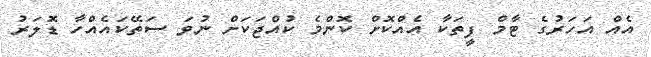
އެއް އަހަރުގެ ޓާމް ފީތަކާ އެއްކޮށް ކޮންމެ ކުއްޖަކަށް ނުވަ ސަތޭކައެއްހާ ޑޮލަރު